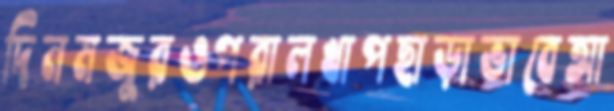
দিনমজুরওপরালখাপছাড়াভাবেআ